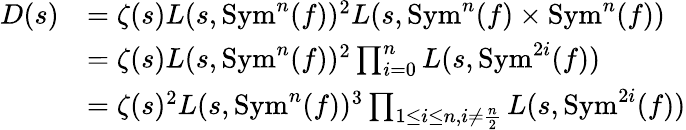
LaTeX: \begin{array}{rl}{D(s)}&{=\zeta(s)L(s,\mathrm{Sym}^{n}(f))^{2}L(s,\mathrm{Sym}^{n}(f)\times\mathrm{Sym}^{n}(f))}\\ &{=\zeta(s)L(s,\mathrm{Sym}^{n}(f))^{2}\prod_{i=0}^{n}L(s,\mathrm{Sym}^{2i}(f))}\\ &{=\zeta(s)^{2}L(s,\mathrm{Sym}^{n}(f))^{3}\prod_{1\leq i\leq n,i\neq\frac{n}{2}}L(s,\mathrm{Sym}^{2i}(f))}\end{array}